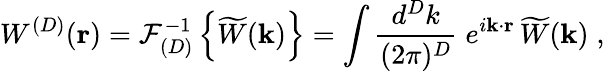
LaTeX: W^{({D})}({\mathbf r})={\mathcal F}_{({D})}^{-1}\left\{ \widetilde{W}({\mathbf k})\right\} =\int\frac{d^{{D}}k}{(2\pi)^{{D}}}\; e^{i{\mathbf k}\cdot{\mathbf r}}\, \widetilde{W}({\mathbf k})\; ,